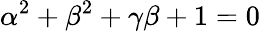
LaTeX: \alpha^{2}+\beta^{2}+\gamma\beta+1=0